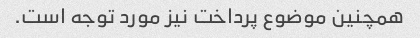
همچنین موضوع پرداخت نیز مورد توجه است.